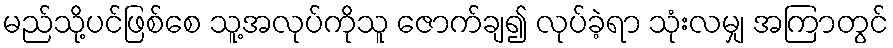
မည်သို့ပင်ဖြစ်စေ သူ့အလုပ်ကိုသူ ဇောက်ချ၍ လုပ်ခဲ့ရာ သုံးလမျှ အကြာတွင်